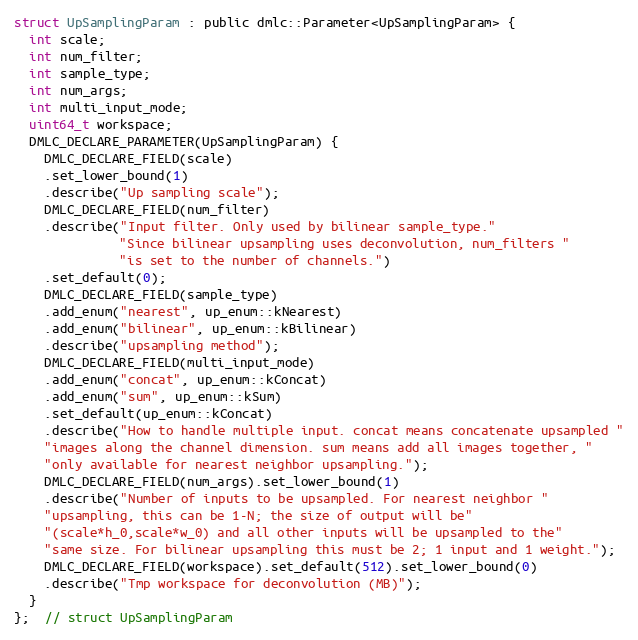
Language: C
struct UpSamplingParam : public dmlc::Parameter<UpSamplingParam> {
  int scale;
  int num_filter;
  int sample_type;
  int num_args;
  int multi_input_mode;
  uint64_t workspace;
  DMLC_DECLARE_PARAMETER(UpSamplingParam) {
    DMLC_DECLARE_FIELD(scale)
    .set_lower_bound(1)
    .describe("Up sampling scale");
    DMLC_DECLARE_FIELD(num_filter)
    .describe("Input filter. Only used by bilinear sample_type."
              "Since bilinear upsampling uses deconvolution, num_filters "
              "is set to the number of channels.")
    .set_default(0);
    DMLC_DECLARE_FIELD(sample_type)
    .add_enum("nearest", up_enum::kNearest)
    .add_enum("bilinear", up_enum::kBilinear)
    .describe("upsampling method");
    DMLC_DECLARE_FIELD(multi_input_mode)
    .add_enum("concat", up_enum::kConcat)
    .add_enum("sum", up_enum::kSum)
    .set_default(up_enum::kConcat)
    .describe("How to handle multiple input. concat means concatenate upsampled "
    "images along the channel dimension. sum means add all images together, "
    "only available for nearest neighbor upsampling.");
    DMLC_DECLARE_FIELD(num_args).set_lower_bound(1)
    .describe("Number of inputs to be upsampled. For nearest neighbor "
    "upsampling, this can be 1-N; the size of output will be"
    "(scale*h_0,scale*w_0) and all other inputs will be upsampled to the"
    "same size. For bilinear upsampling this must be 2; 1 input and 1 weight.");
    DMLC_DECLARE_FIELD(workspace).set_default(512).set_lower_bound(0)
    .describe("Tmp workspace for deconvolution (MB)");
  }
};  // struct UpSamplingParam